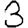
Digit: 3